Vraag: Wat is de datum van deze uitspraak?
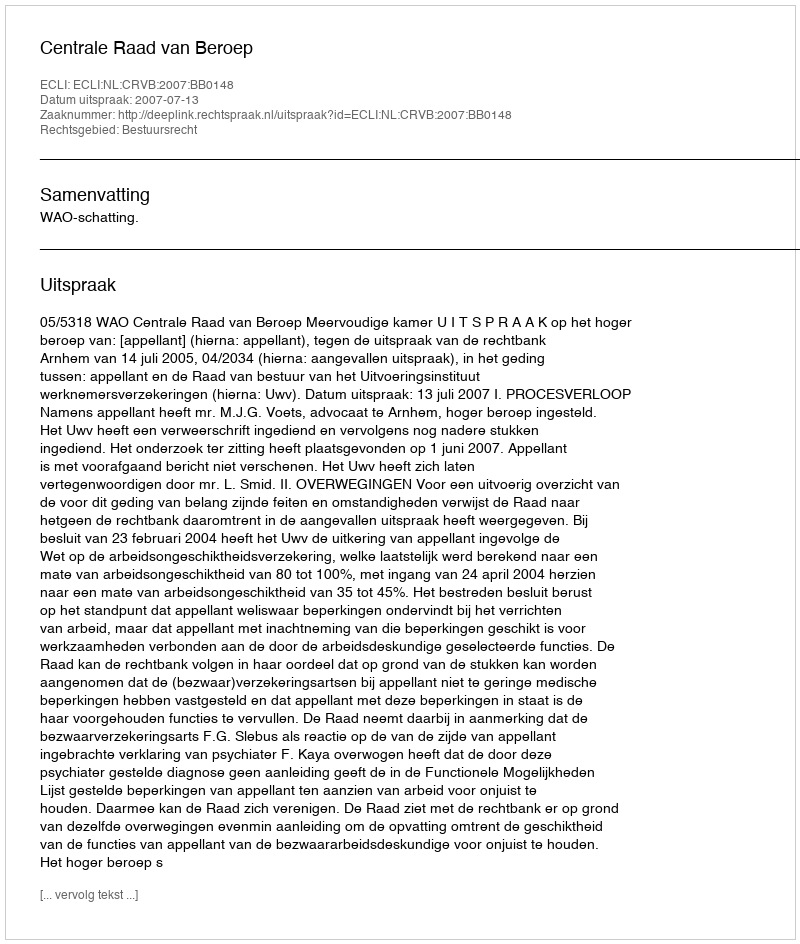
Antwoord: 2007-07-13